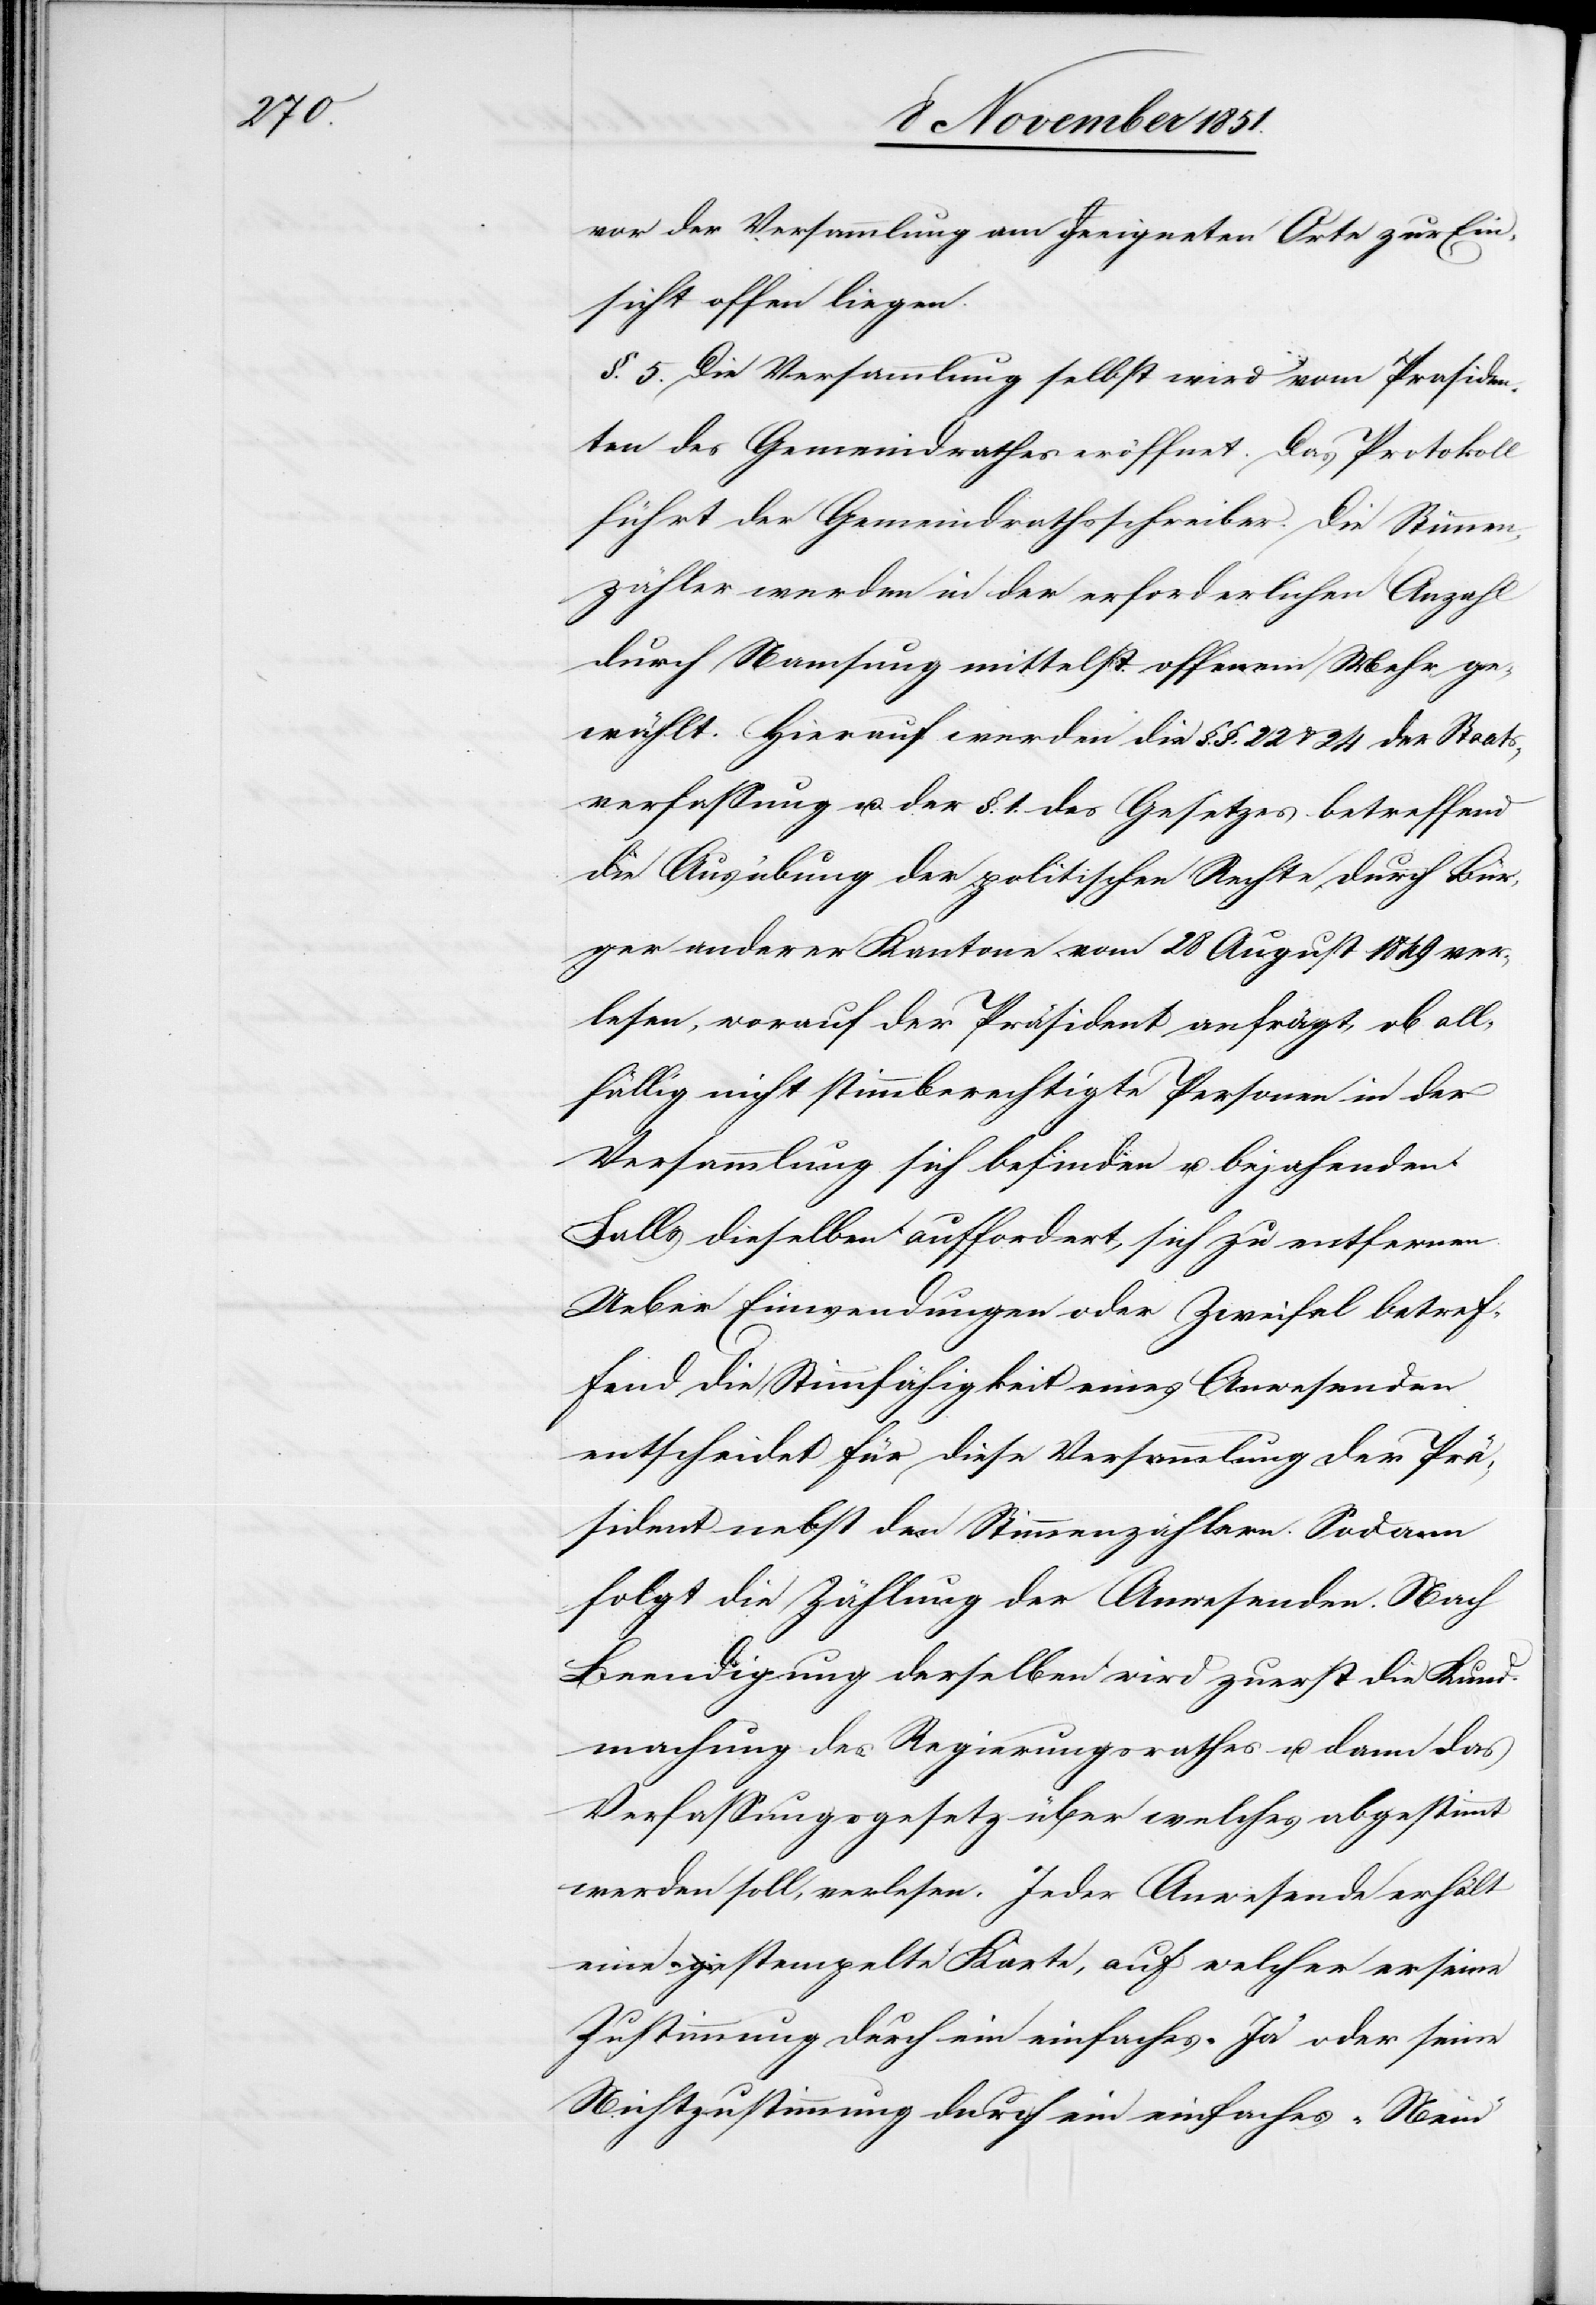
vor der Versammlung am geeigneten Orte zur Ein¬
sicht offen liegen.
§. 5. Die Versammlung selbst wird vom Präsiden¬
ten des Gemeindrathes eröffnet. Das Protokoll
führt der Gemeindrathsschreiber. Die Stimmen¬
zähler werden in der erforderlichen Anzahl
durch Namsung mittelst offenem Mehr ge¬
wählt. Hierauf werden die §. §. 22 & 24 der Staats¬
verfassung u. der §. 1. des Gesetzes betreffend
die Ausübung der politischen Rechte durch Bür¬
ger anderer Kantone vom 28 August 1849 ver¬
lesen, worauf der Präsident anfrägt, ob all¬
fällig nicht stimmberechtigte Personen in der
Versammlung sich befinden u. bejahenden
Falls dieselben auffordert, sich zu entfernen.
Ueber Einwendungen oder Zweifel betref¬
fend die Stimmfähigkeit eines Anwesenden
entscheidet für diese Versammlung der Prä¬
sident nebst den Stimmenzählern. Sodann
folgt die Zählung der Anwesenden. Nach
Beendigung derselben wird zuerst die Kund¬
machung des Regierungsrathes u. dann das
Verfassungsgesetz über welches abgestimmt
werden soll, verlesen. Jeder Anwesende erhält
eine gestempelte Karte, auf welcher er seine
Zustimmung durch ein einfaches „Ja“ oder seine
Nichtzustimmung durch ein einfaches „Nein“